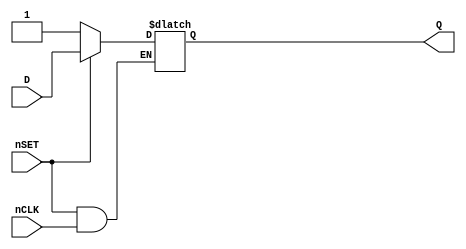
module GP_DLATCHS_1(input D, input nCLK, input nSET, output reg Q);
	parameter [0:0] INIT = 1'bx;
	initial Q = INIT;
	always @(*) begin
		if(!nSET)
			Q <= 1'b1;
		else if(!nCLK)
			Q <= D;
	end
endmodule